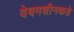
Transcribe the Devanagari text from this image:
वेबमशीनकडे